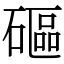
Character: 𥕥